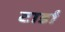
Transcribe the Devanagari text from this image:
टार्डा